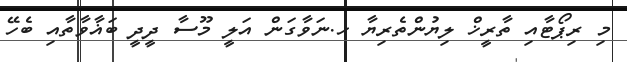
މި ރިޕޯޓާއި ތާރީޚް ލިޔުންތެރިޔާ ހ.ނަވާގަން އަލީ މޫސާ ދީދީ ބަޣާވާތާއި ބެހޭ